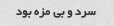
سرد و بی مزه بود